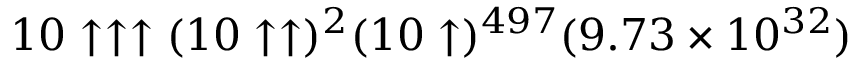
1 0 \uparrow \uparrow \uparrow ( 1 0 \uparrow \uparrow ) ^ { 2 } ( 1 0 \uparrow ) ^ { 4 9 7 } ( 9 . 7 3 \times 1 0 ^ { 3 2 } )